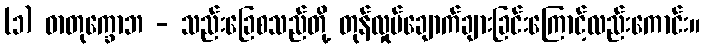
(၁) ဓာတုက္ခောဘ - သည်းခြေစသည်တို့ တုန်လှုပ်ချောက်ချားခြင်းကြောင့်လည်းကောင်း။